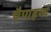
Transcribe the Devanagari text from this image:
चैपाइयां